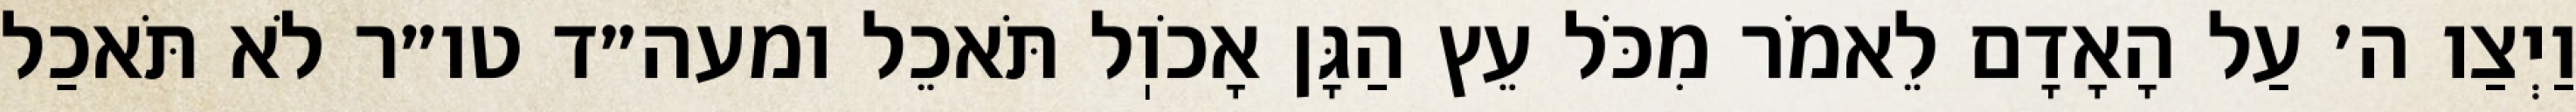
וַיְצַו ה׳ עַל הָאָדָם לֵאמֹר מִכֹּל עֵץ הַגָּן אָכֹוֽל תֹּאכֵל ומעה״ד טו״ר לֹא תֹּאכַל